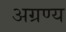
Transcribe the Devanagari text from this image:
अग्रण्य